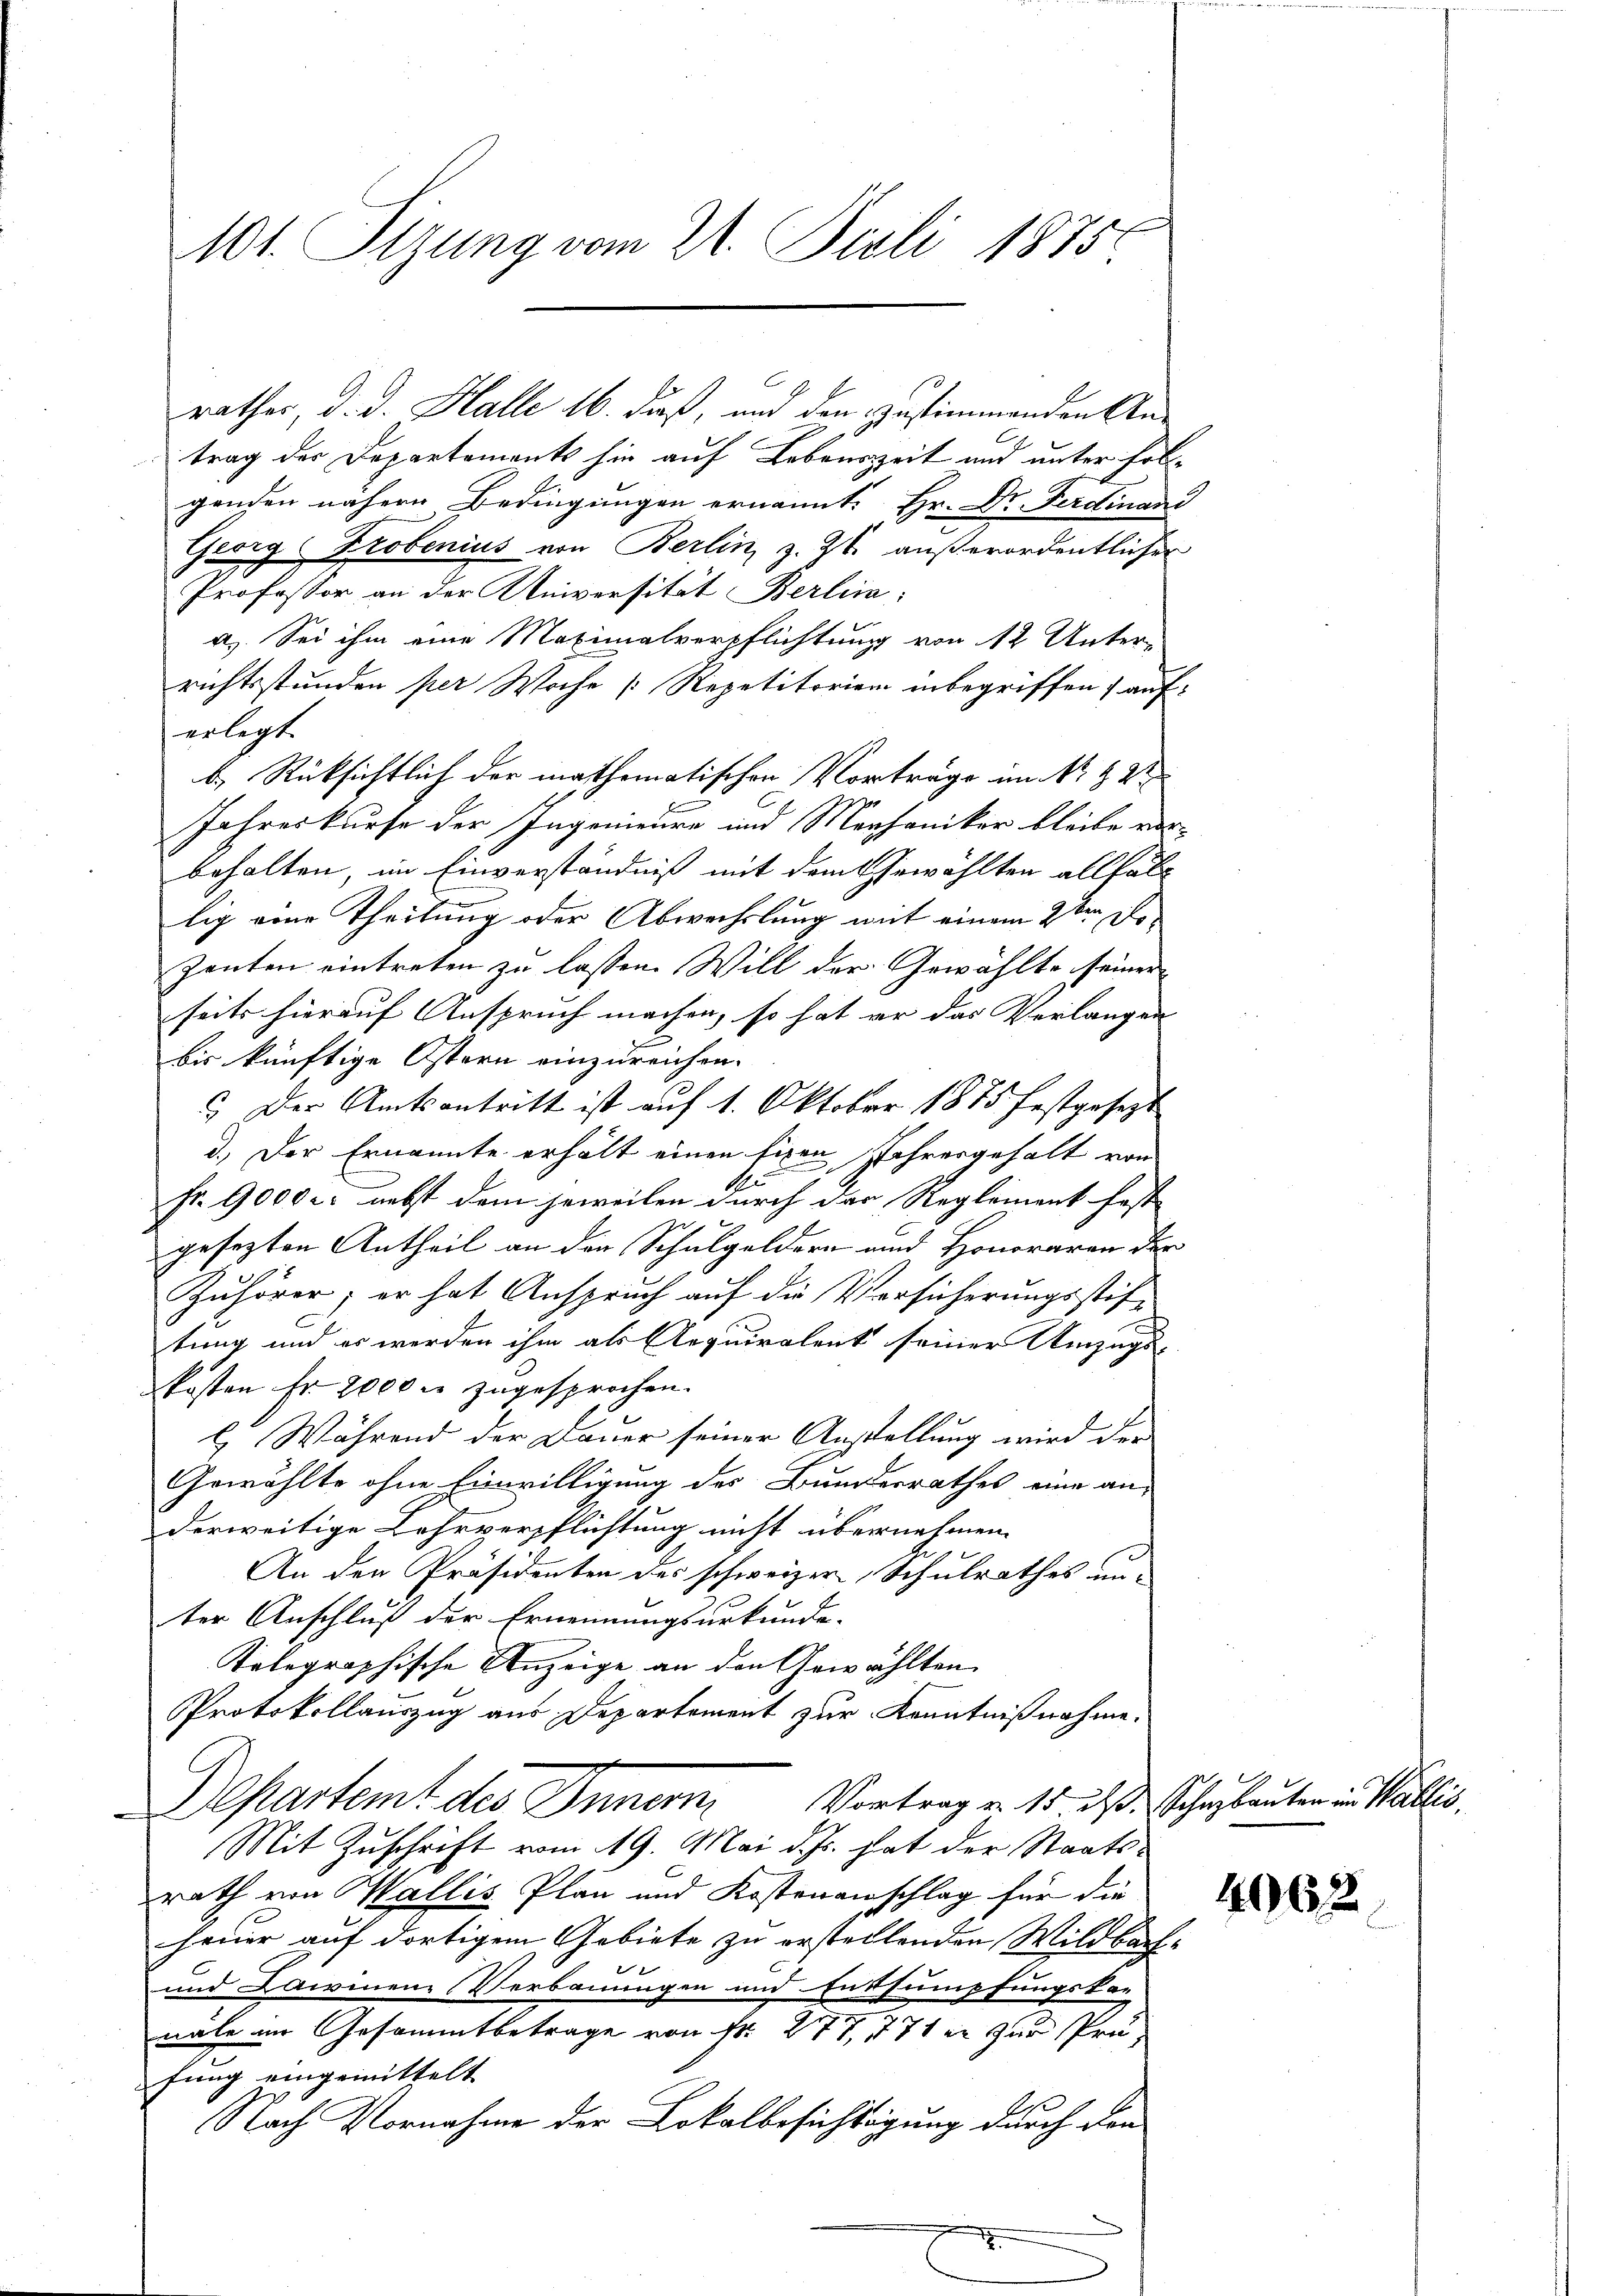
101. Sizung vom 21. Juli 1875.

rathes, d. d. Halle 16. dieß, und den zustimmenden Antrag der Departements hin auf Lebenszeit und unter folgenden nähere Bedingungen ernannt: Hr. Dr. Ferdinand
Georg Probenius von Berlin, z. Zt. außerordentlicher
Professor an der Universität Berlina:
a). Sei ihm eine Maximalverpflichtung von 12 Unter-
richtsstunden per Woche Repetitorien inbegriffen, auferlegt.
b. Rücksichtlich der mathematischen Vorträge im Nr. 4 V
Jahreskurse der Ingenieure und Marchaniker bleibe vorbehalten, im Einverständniß mit dem Gewählten allfäll
lig eine Theilung oder Abwechslung mit einem 2ten Do
Zeuten eintreten zu lassen. Will der Gewählte seiner
seits hierauf Anspruch machen, so hat er das Verlangen
bis künftige Ostern einzureichen.
 Der Amtsantritt ist auf 1. Oktober 1875 festgesezt
d.) Der Ernannte erhält einen fixen Jahresgehalt von
A
fr. 9000 c. nebst dem jeweilen durch der Reglement fast
gesezten Antheil an der Schulgeldern und Honoraren der
Zuhörer; er hat Anspruch auf die Vorsicherungsstiftung und es werden ihm als Aequiralent seiner Umzugs-
kosten Fr. 2000 fr zugesprochen.
) Während der Dauer seiner Anstellung wird der
Gewählte ohne Einwilligung des Bundesrathes eine an-
derweitige Lehrverpflichtung nicht übernehmen.
An den Präsidenten des schweizer Schulrathes un-
ter Anschluß der Ernennungsurkunde-
kolographische Anzeige an den Gewählten
Protokollauszug aus Departement zur Kenntnißnahme.
Departemt des Inner, Vortrag v. 15. das Schulauten in Pallis.
Mit Zuschrift vom 19. Mai d. Js. hat der Staatsrath von Wallis Plan und Kostenanschlag für die
heiner auf dortigem Gebiete zu erstellenden Wildbach¬
und Darinenz Verbauungen und Entsumpfungskar
nale im Gesammtbetrage von Nr. 277, 771 er zur Prüfung eingemittelt
Nach Vornahme der Lokalbesichtigung durch den

4062